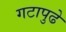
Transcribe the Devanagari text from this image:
गटापुढे